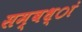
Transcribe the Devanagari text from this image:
सम्बध्ां